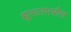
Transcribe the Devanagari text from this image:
ह्युस्टनमधील